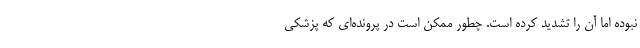
نبوده اما آن را تشدید کرده است. چطور ممکن است در پرونده‌ای که پزشکی